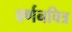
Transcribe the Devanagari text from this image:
वर्णनचित्र